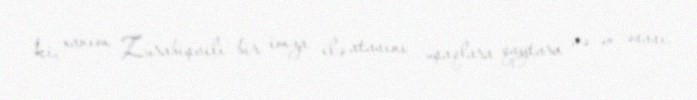
ki, xanım Zurabişvili bir imza ilə atasını uşaqlara qaytara və ən əsası,